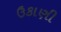
ઉકાણી